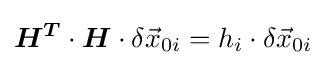
{\boldsymbol {H^{T}}}\cdot {\boldsymbol {H}}\cdot \delta {\vec {x}}_{0i}=h_{i}\cdot \delta {\vec {x}}_{0i}